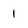
Character: I